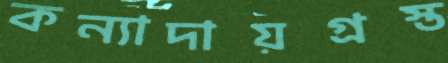
কন্যাদায়গ্রস্ত